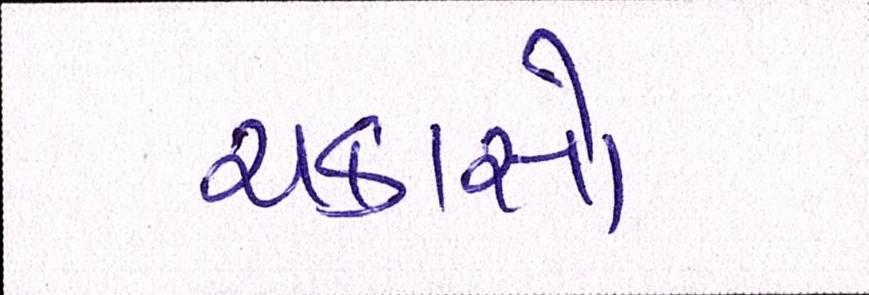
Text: ચકાસો